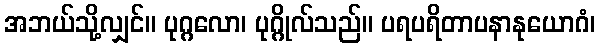
အဘယ်သို့လျှင်။ ပုဂ္ဂလော၊ ပုဂ္ဂိုလ်သည်။ ပရပရိတာပနာနုယောဂံ၊